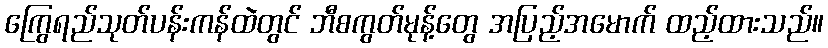
ကြွေရည်သုတ်ပန်းကန်ထဲတွင် ဘီစကွတ်မုန့်တွေ အပြည့်အမောက် ထည့်ထားသည်။